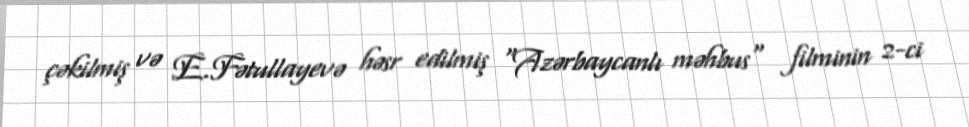
çəkilmiş və E.Fətullayevə həsr edilmiş "Azərbaycanlı məhbus" filminin 2-ci